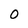
Character: 0